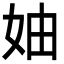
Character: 妯